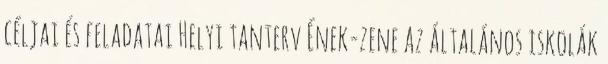
céljai és feladatai Helyi tanterv Ének-zene az általános iskolák